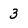
Character: 3